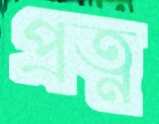
প্রত্ন